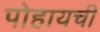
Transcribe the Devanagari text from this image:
पोहायची